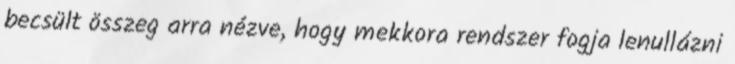
becsült összeg arra nézve, hogy mekkora rendszer fogja lenullázni